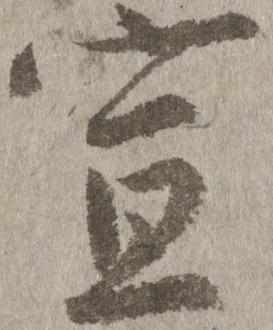
宣